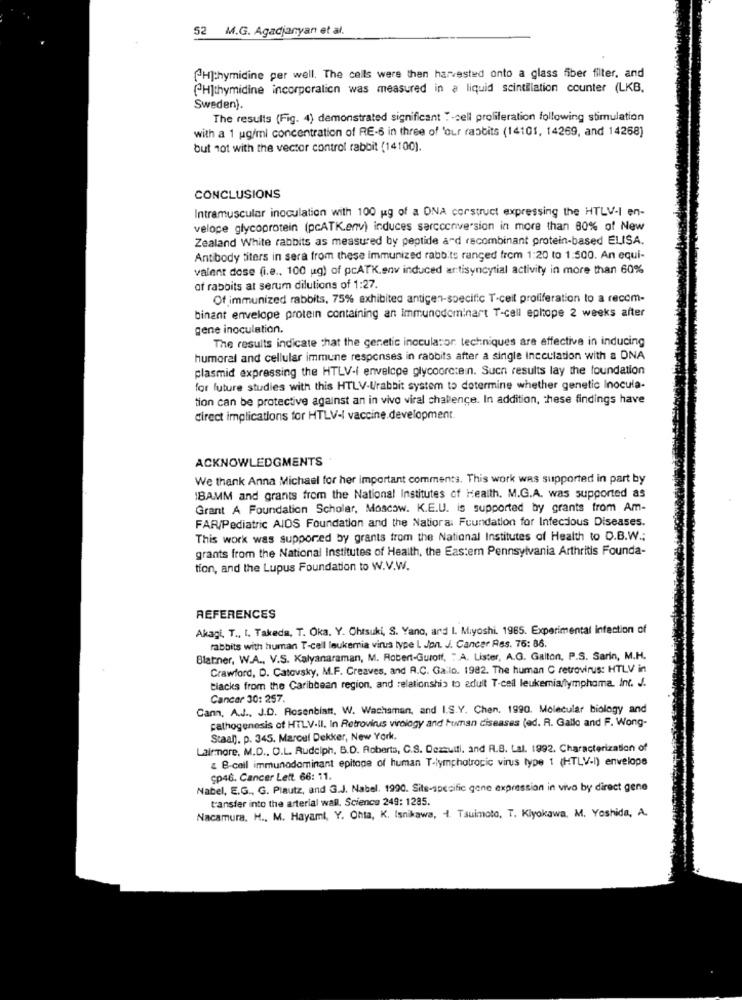
52 M.G. Agadjanyan et al.
[H]:hymidine per well. The cells were then harvested onto a glass fiber filter, and
CH]thymidine incorporalion was measured in a liquid scintillation counter (LKB.
Sweden).
The results (Fig. 4) demonstrated significant :- cell proliferation following stimulation
with a 1 ug/ml concentration of RE-6 in three of 'our rabbits (14101, 14269, and 14268)
but not with the vector control rabbit (14100).
CONCLUSIONS
Intramuscular inoculation with 100 ug of a ONA corstruct expressing the HTLV-I en-
veloce glycoprotein (pcATKenv) induces serconversion in more than 80% of New
Zealand White rabbits as measured by peptide ard recombinant protein-based ELISA.
Antibody titers in sera from these immunized rabbits ranged from 1:20 to 1:500. An equi-
valent dose (i.e ., 100 ug) of pcATK.env induced artisyncytial activity in more than 60%
of rabbits at serum dilutions of 1:27.
Of immunized rabbits, 75% exhibited antigen-specific T-ceit proliferation to a recom-
binant envelope protein containing an immunodominart T-cell ephope 2 weeks after
gene inoculation.
The results indicate that the genetic inoculator techniques are effective in inducing
humoral and cellular immune responses in rabbits after a single Incculation with a DNA
plasmid expressing the HTLV-I envelope glycoorctein. Such results lay the foundation
for future studies with this HTLV-Urabbit system to determine whether genetic Inocula-
tion can be protective against an in vivo viral challenge. In addition, these findings have
direct implications for HTLV-I vaccine.development.
ACKNOWLEDGMENTS
We thank Anna Michael for her important comments. This work was supported in part by
1BAMM and grants from the National Institutes of Health. M.G.A. was supported as
Grant A Foundation Scholar, Moscow. K.E.U. is supported by grants from Am-
FAR/Pediatric AIDS Foundation and the Natioral Foundation for Infecdous Diseases.
This work was supported by grants from the National Institutes of Health to D.B.W .;
grants from the National Institutes of Health, the Eastem Pennsylvania Arthritis Founda-
tion, and the Lupus Foundation to W.V.W.
REFERENCES
Akagi. T ., I. Takeda, T. Oka. Y. Ohtsuki, S. Yano, and I. Miyoshi. 1985. Experimental infection of
rabbits with human T-cell leukemia virus type L Jon. J. Cancer Res. 76: 86.
Blatner, W.A ., V.S. Kalyanaraman, M. Robert-Gurott, " A. Lister, A.G. Galton, P.S. Sarin, M.H.
Crawford, D. Catovsky, M.F. Creaves, and R.C. Gaio. 1982. The human C retrovirus: HTLV in
tiacks from the Caribbean region, and relationship to adult T-cell leukemia/lymphoma. Int. J.
Cancer 30: 257.
Cann, A.J. J.D. Rosenblatt, W. Wachsman, and I.S.Y. Chen. 1990. Molecular biology and
pathogenesis of HTLV-II. In Retrovirus virology and human diseases (ed. R. Gallo and F. Wong-
Staan). p. 345. Marcel Dekker, New York.
Lairmore, M.D ., O.L. Rudciph, B.D. Roberts, C.S. Dezzuiti, and R.B. Lal. 1992. Characterization of
& B-cell immunodominant epitage of human T-lymphotropic virus type 1 (HTLV-I) envelope
CP46. Cancer Lett. 66: 11.
Nabel, E.G ., G. Plautz, and G.J. Nabel. 1990. Site-specific gene expression in vivo by direct gene
transfer into the arterial wall. Science 249: 1285.
Nacamura. H ., M. Hayami, Y. Ohta, K. Isnikawa, . Tsuimoto, T. Kiyokawa, M. Yoshida, A.